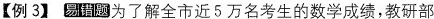
【例3】易错题 为了解全市近5万名考生的数学成绩，教研部